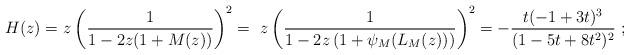
LaTeX: \begin{align*}H(z)=&~ z \left(\frac 1 {1-2 z(1+ M(z)) }\right)^2=~z \left(\frac 1 {1- 2z\left(1+ \psi_M(L_M(z))\right) }\right)^2=-\frac{t (-1 + 3 t)^3}{(1 - 5 t + 8 t^2)^2}~;\end{align*}